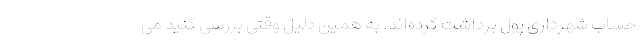
حساب شهرداری پول برداشت کرده‌اند. به همین دلیل وقتی بررسی کنید می